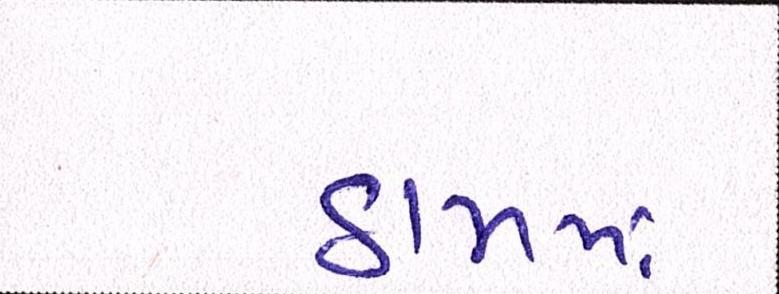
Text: ઠામમાં